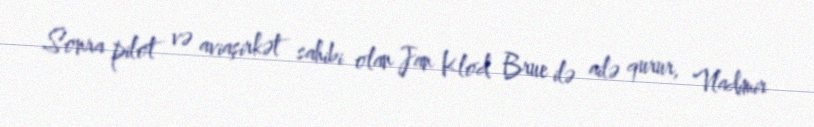
Sonra pilot və aviaşirkət sahibi olan Jan Klod Brue ilə ailə qurur, Vladimir